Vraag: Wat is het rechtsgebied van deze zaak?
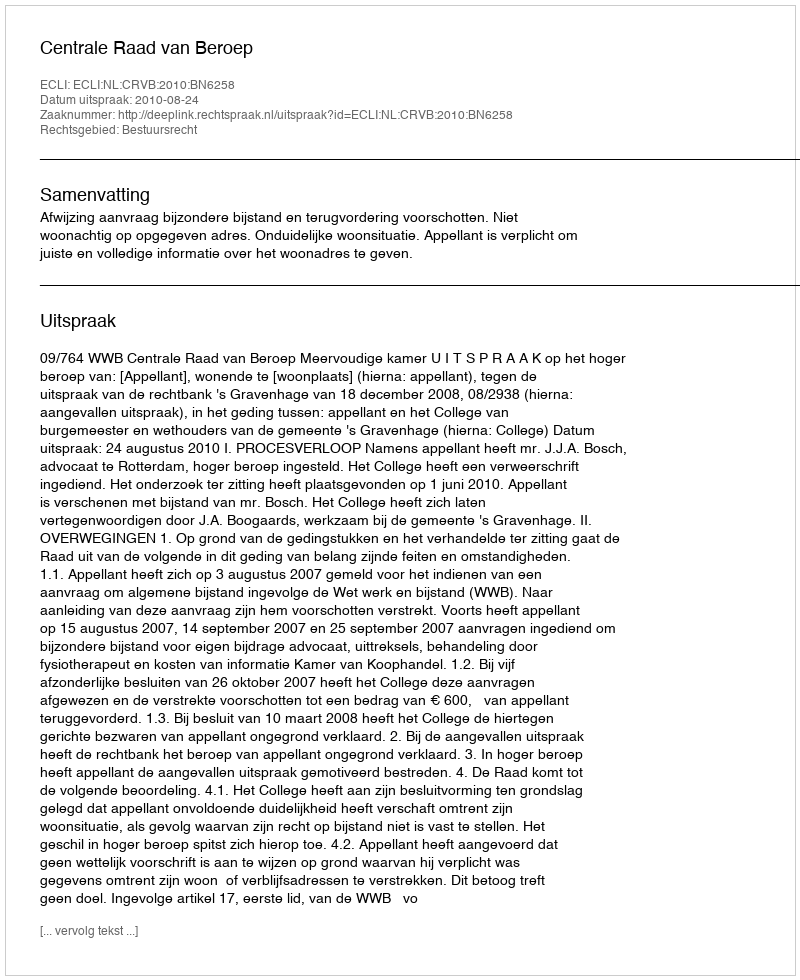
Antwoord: Bestuursrecht